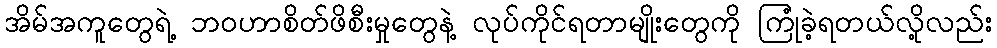
အိမ်အကူတွေရဲ့ ဘဝဟာစိတ်ဖိစီးမှုတွေနဲ့ လုပ်ကိုင်ရတာမျိုးတွေကို ကြုံခဲ့ရတယ်လို့လည်း